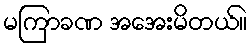
မကြာခဏ အအေးမိတယ်။